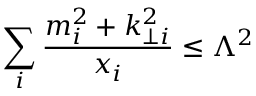
\sum _ { i } \frac { m _ { i } ^ { 2 } + k _ { \perp i } ^ { 2 } } { x _ { i } } \leq \Lambda ^ { 2 }